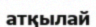
атқылай